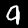
Digit: 9